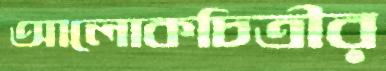
আলোকচিত্রীর